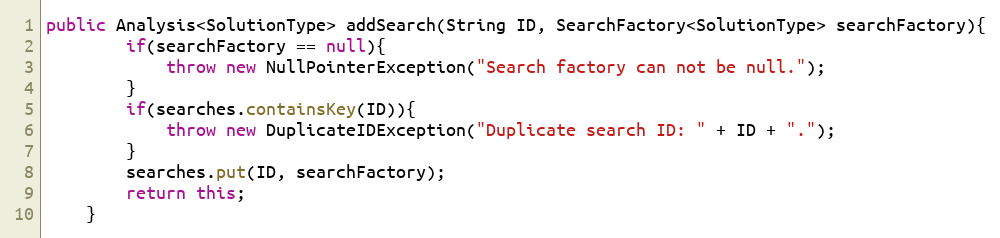
Language: Java
public Analysis<SolutionType> addSearch(String ID, SearchFactory<SolutionType> searchFactory){
        if(searchFactory == null){
            throw new NullPointerException("Search factory can not be null.");
        }
        if(searches.containsKey(ID)){
            throw new DuplicateIDException("Duplicate search ID: " + ID + ".");
        }
        searches.put(ID, searchFactory);
        return this;
    }